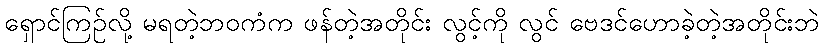
ရှောင်ကြဉ်လို့ မရတဲ့ဘဝကံက ဖန်တဲ့အတိုင်း လွင့်ကို လွင် ဗေဒင်ဟောခဲ့တဲ့အတိုင်းဘဲ